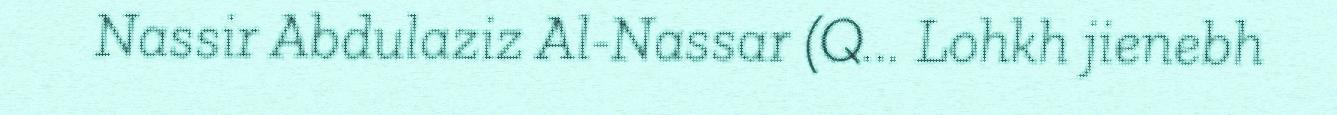
Nassir Abdulaziz Al-Nassar (Q... Lohkh jienebh